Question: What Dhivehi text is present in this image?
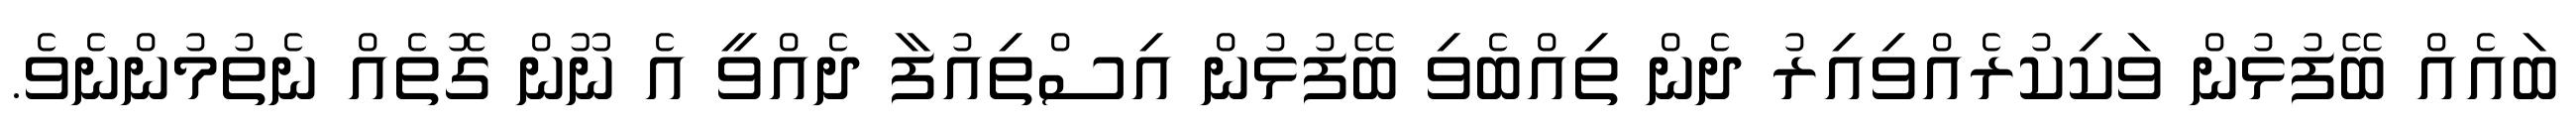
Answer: ބައެއް ބޭފުޅުން ވަކިކުރެއްވިއިރު ދެން ތިއްބެވި ބޭފުޅުން އިސްތިއުފާ ދެއްވީ އެ ނޫން ގޮތެއް ނެތުމުންނެވެ.